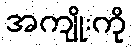
အကျိုးကို